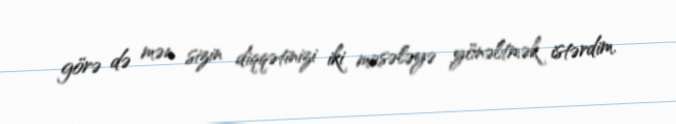
görə də mən sizin diqqətinizi iki məsələyə yönəltmək istərdim.